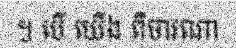
។ បើ យើង ពិចារណា